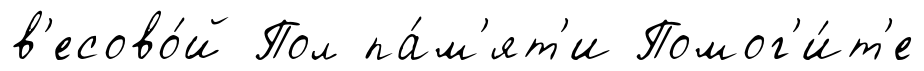
в'есово́й Пол па́м'ят'и Помог'и́т'е